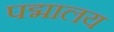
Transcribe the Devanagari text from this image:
पद्मालय